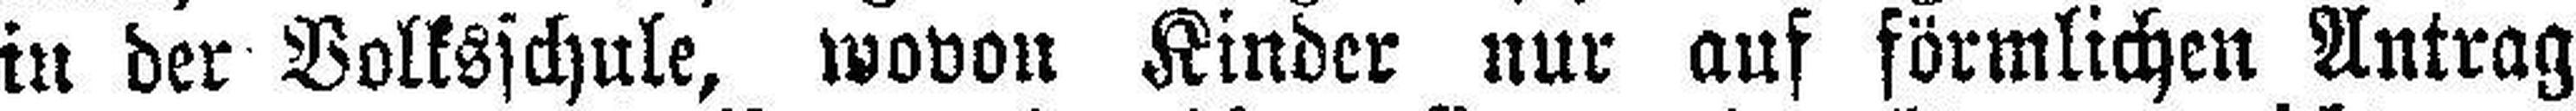
in der Volksschule, wovon Kinder nur auf förmlichen Antrag